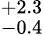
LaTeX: ^{+2.3}_{-0.4}